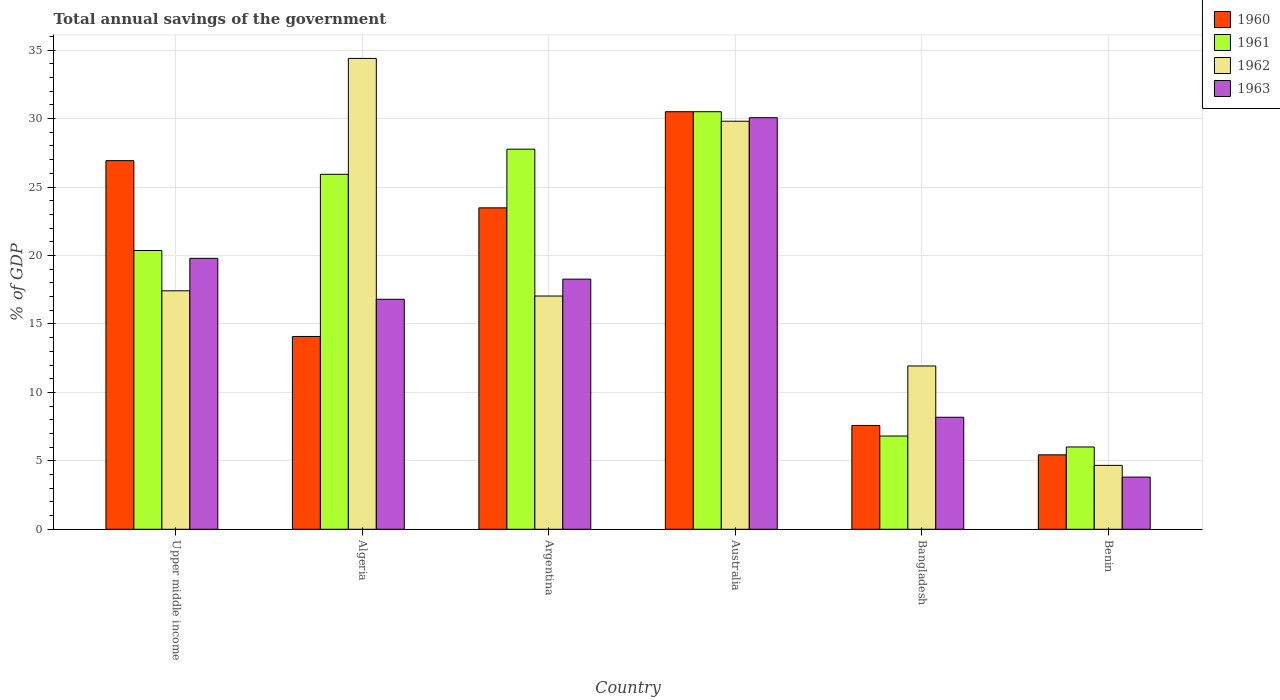
| Country | 1960 | 1961 | 1962 | 1963 |
 | --- | --- | --- | --- | --- |
 | Upper middle income | 26.9 | 20.4 | 17.4 | 19.8 |
 | Algeria | 14.1 | 25.9 | 34.4 | 16.8 |
 | Argentina | 23.5 | 27.8 | 17 | 18.3 |
 | Australia | 30.5 | 30.5 | 29.8 | 30.1 |
 | Bangladesh | 7.58 | 6.81 | 11.9 | 8.18 |
 | Benin | 5.44 | 6.01 | 4.67 | 3.81 |